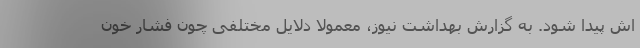
اش پیدا شود. به گزارش بهداشت نیوز، معمولا دلایل مختلفی چون فشار خون